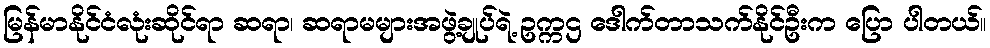
မြန်မာနိုင်ငံလုံးဆိုင်ရာ ဆရာ၊ ဆရာမများအဖွဲ့ချုပ်ရဲ့ ဥက္ကဌ ဒေါက်တာသက်နိုင်ဦးက ပြော ပါတယ်။